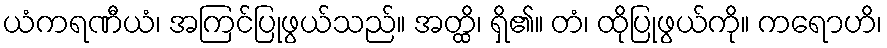
ယံကရဏီယံ၊ အကြင်ပြုဖွယ်သည်။ အတ္ထိ၊ ရှိ၏။ တံ၊ ထိုပြုဖွယ်ကို။ ကရောဟိ၊